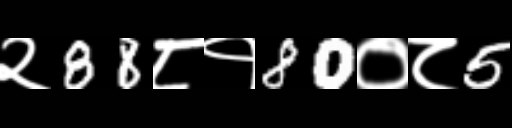
Text: २88८१80०८5